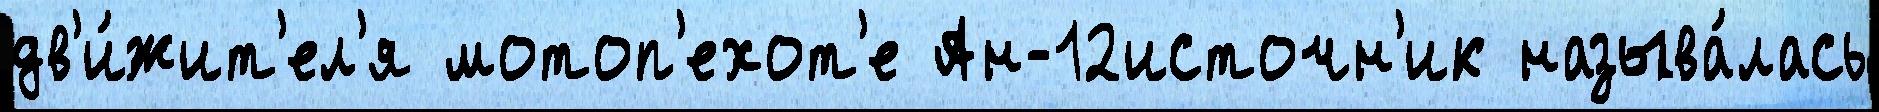
дв'и́жит'ел'я мотоп'ехот'е Ан-12источн'ик называ́лась